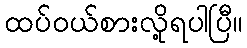
ထပ်ဝယ်စားလို့ရပါပြီ။